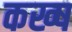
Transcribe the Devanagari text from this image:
कख्ष